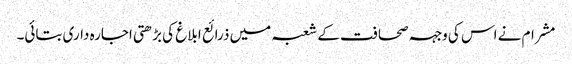
مشرام نے اس کی وجہہ صحافت کے شعبہ میں ذرائع ابلاغ کی بڑھتی اجارہ داری بتائی۔